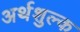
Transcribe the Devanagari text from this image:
अर्थशुल्क